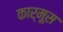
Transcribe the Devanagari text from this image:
कार्मूस